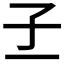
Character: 𡤽